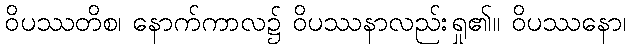
ဝိပဿတိစ၊ နောက်ကာလ၌ ဝိပဿနာလည်းရှု၏။ ဝိပဿနော၊